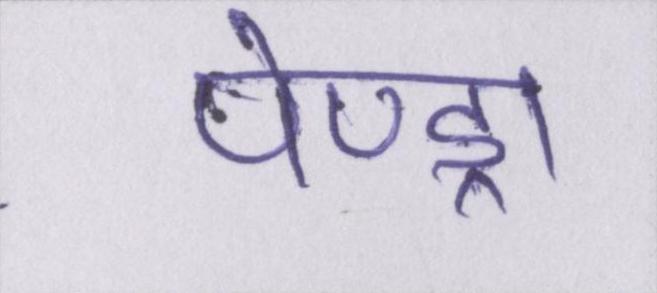
पेण्ड्रा